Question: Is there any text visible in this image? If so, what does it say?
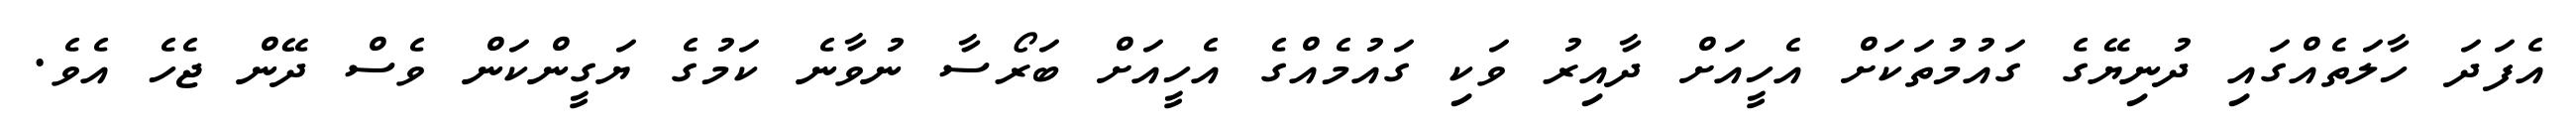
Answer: އެފަދަ ހާލަތެއްގައި ދުނިޔޭގެ ގައުމުތަކަށް އެހީއަށް ދާއިރު ވަކި ގައުމެއްގެ އެހީއަށް ބަރޯސާ ނުވާނެ ކަމުގެ ޔަގީންކަން ވެސް ދޭން ޖެހެ އެވެ.